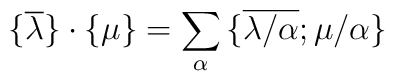
{\{} \overline{\lambda} {\}}\cdot {\{} {\mu} {\}} = \sum_{\alpha} {\{} 	\overline{\lambda/\alpha} ; {\mu/\alpha} {\}}